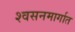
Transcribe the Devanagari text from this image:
श्वसनमार्गात